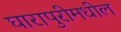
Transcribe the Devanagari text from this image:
घारापुरीमधील